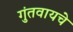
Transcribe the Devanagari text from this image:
गुंतवायचे